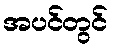
အပင်တွင်